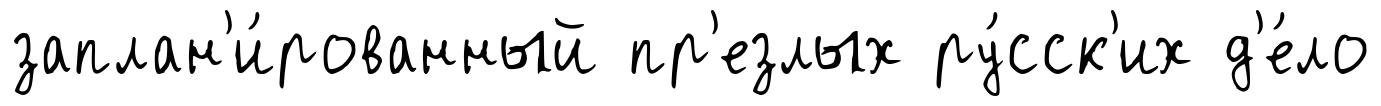
заплан'и́рованный пр'езлых ру́сск'их д'е́ло